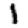
Digit: 1